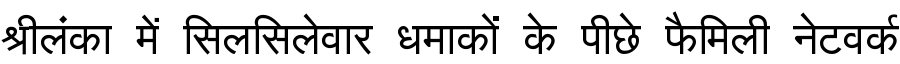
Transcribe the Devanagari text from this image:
श्रीलंका में सिलसिलेवार धमाकों के पीछे फैमिली नेटवर्क